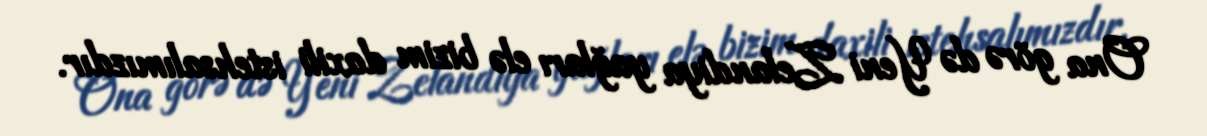
Ona görə də Yeni Zelandiya yağları elə bizim daxili istehsalımızdır.